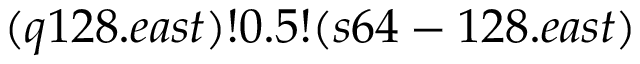
( q 1 2 8 . e a s t ) ! 0 . 5 ! ( s 6 4 - 1 2 8 . e a s t )